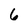
Character: 6